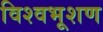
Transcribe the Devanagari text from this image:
विश्वभूशण